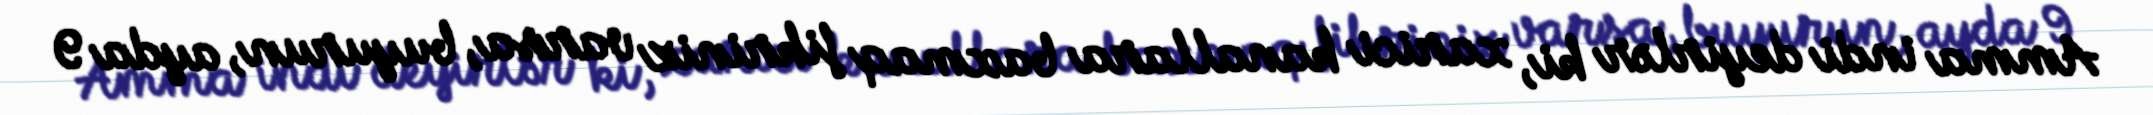
Amma indi deyirlər ki, xarici kanallara baxmaq fikriniz varsa, buyurun, ayda 9